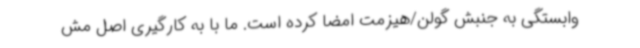
وابستگی به جنبش گولن/هیزمت امضا کرده است. ما با به کارگیری اصل مش